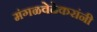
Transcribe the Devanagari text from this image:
मंगळवेढेकरांनी